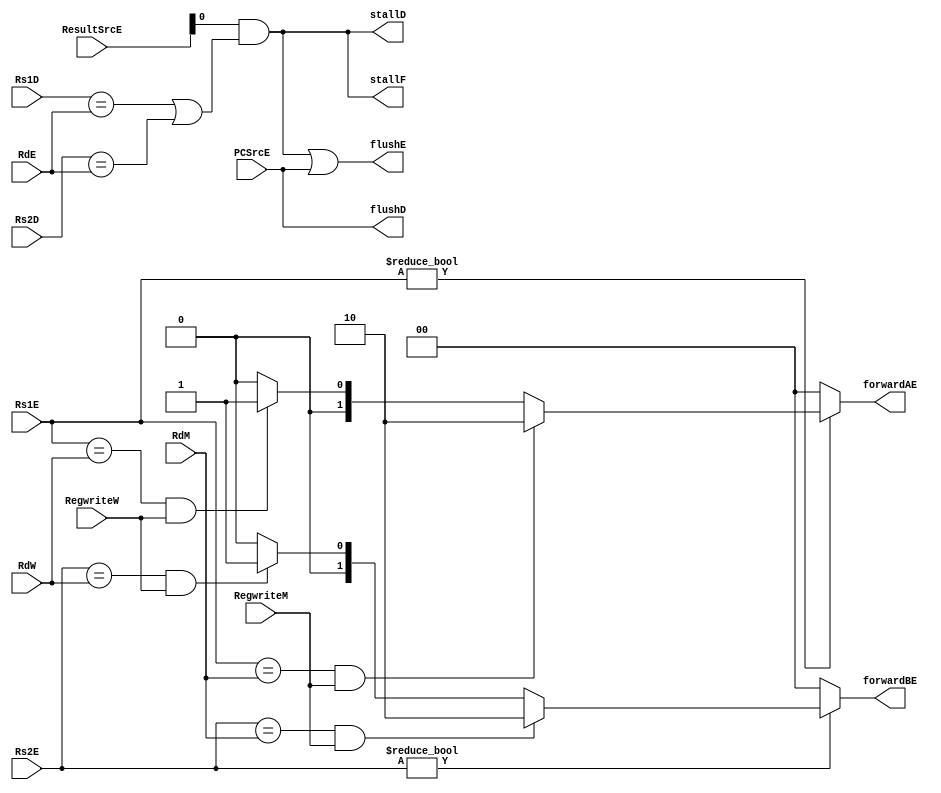
`timescale 1ns / 1ps

module Hazard
(
	input  	   [4:0] Rs1D, Rs2D, Rs1E, Rs2E, RdM, RdW, RdE, 
	input  	         RegwriteM, RegwriteW,PCSrcE,
	input  	   [1:0] ResultSrcE,
	
	output reg [1:0] forwardAE, forwardBE,
	output       	 stallF, stallD, flushD, flushE
);

  wire lwstallD;

  // forwarding sources to E stage (ALU)
  always @(*)
    begin
      forwardAE = 2'b00; forwardBE = 2'b00;
      if (Rs1E != 0)
        if ((Rs1E == RdM) & RegwriteM) 
			forwardAE = 2'b10;
        else if ((Rs1E == RdW) & RegwriteW) 
			forwardAE = 2'b01;
		else
			forwardAE = 2'b00;
			
      if (Rs2E != 0)
        if ((Rs2E == RdM) & RegwriteM) 
			forwardBE = 2'b10;
        else if ((Rs2E == RdW) & RegwriteW) 
			forwardBE = 2'b01;
		else
			forwardBE = 2'b00;
    end

  // stalls  
  assign #1 lwstallD = ResultSrcE[0] & ((Rs1D == RdE) | (Rs2D == RdE));

  assign #1 stallD = lwstallD;
  assign #1 stallF = lwstallD; // stalling D stalls all previous stages
  
  assign #1 flushD = PCSrcE;
  assign #1 flushE = lwstallD | PCSrcE; // stalling D flushes next stage

  // *** not necessary to stall D stage on store if source comes from load;
  // *** instead, another bypass network could be added from W to M
endmodule